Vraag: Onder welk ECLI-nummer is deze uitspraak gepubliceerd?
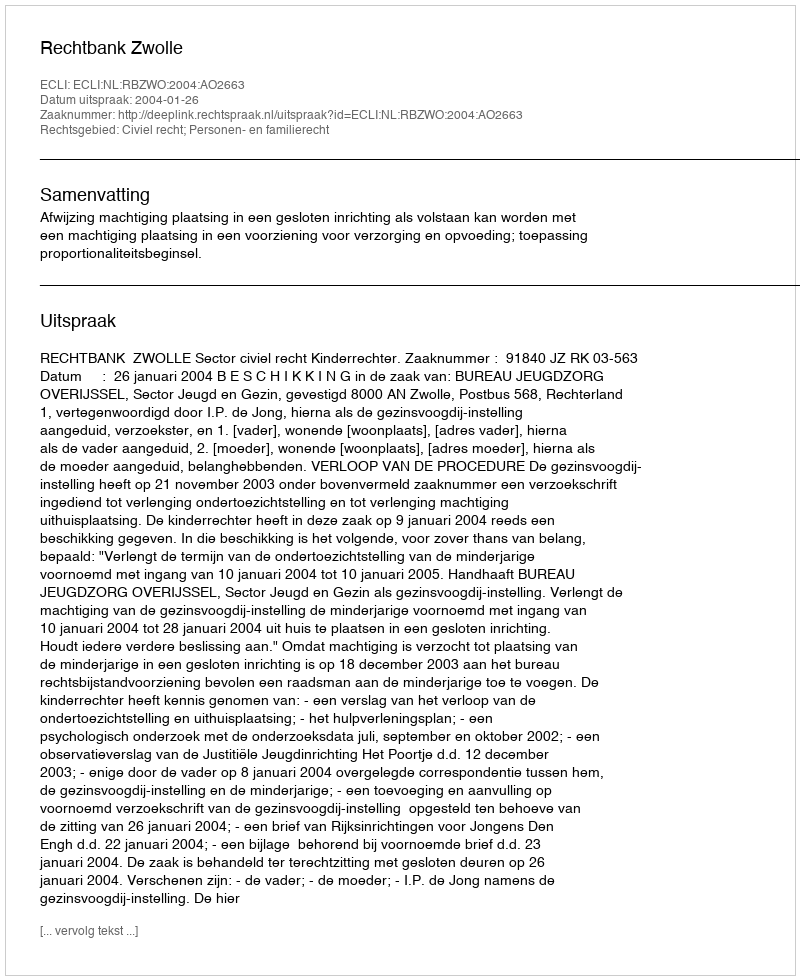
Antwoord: ECLI:NL:RBZWO:2004:AO2663